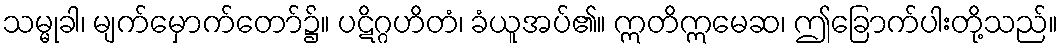
သမ္မုခါ၊ မျက်မှောက်တော်၌။ ပဋိဂ္ဂဟိတံ၊ ခံယူအပ်၏။ ဣတိဣမေဆ၊ ဤခြောက်ပါးတို့သည်။